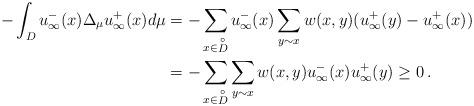
LaTeX: \begin{align*}-\int_{D} u^-_\infty(x) \Delta_\mu u^+_\infty(x) d\mu & = -\sum_{x\in \mathop D\limits^ \circ} u^-_\infty(x) \sum_{y\sim x} w(x,y) (u^+_\infty(y)-u^+_\infty(x))\\& = -\sum_{x\in \mathop D\limits^ \circ} \sum_{y\sim x} w(x,y) u^-_\infty(x) u^+_\infty(y) \geq 0 \,.\end{align*}